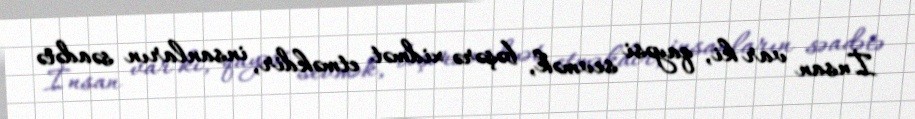
İnsan var ki, qayəsi sevmək, bəşərə xidmət etməkdir, insanların səadətə